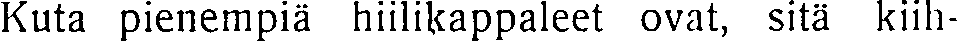
Kuta pienempiä hiilikappaleet ovat, sitä kiih-